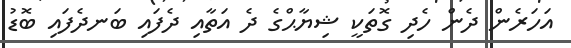
އަހަރެން ދެން ހެދި ގޮތަކީ ޝިޔާޙްގެ ދެ އަތާއި ދެފައި ބަނދެފައި ބޮޑު